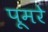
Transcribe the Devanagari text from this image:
पूमरे